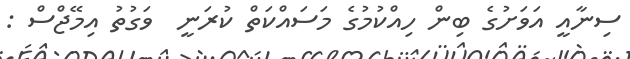
ސިނާއީ އަވަށުގެ ބިން ހިއްކުމުގެ މަސައްކަތް ކުރަނީ  ވަގުތު އިމޭޖްސް :